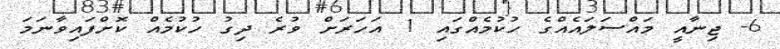
6- ޖިނާއީ މައްސަލައެއްގެ ހުކުމެއްގައި 1 އަހަރަށް ވުރެ ދިގު ހުކުމެއް ކޮށްފައިވާނަމަ